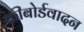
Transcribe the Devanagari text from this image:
कीबोर्डवादन